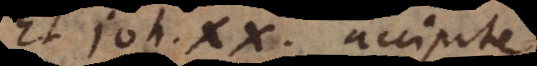
Et Joh. XX. accipite